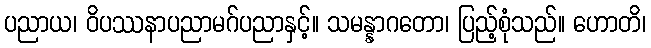
ပညာယ၊ ဝိပဿနာပညာမဂ်ပညာနှင့်။ သမန္နာဂတော၊ ပြည့်စုံသည်။ ဟောတိ၊